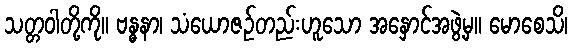
သတ္တဝါတို့ကို။ ဗန္ဓနာ၊ သံယောဇဉ်တည်းဟူသော အနှောင်အဖွဲ့မှ။ မောစေသိ၊